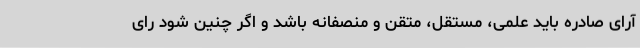
آرای صادره باید علمی، مستقل، متقن و منصفانه باشد و اگر چنین شود رای